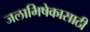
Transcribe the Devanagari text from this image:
जलाभिषेकासाठी